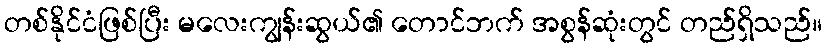
တစ်နိုင်ငံဖြစ်ပြီး မလေးကျွန်းဆွယ်၏ တောင်ဘက် အစွန်ဆုံးတွင် တည်ရှိသည်။